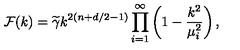
{ \cal F } ( k ) = { \widetilde \gamma } k ^ { 2 ( n + d / 2 - 1 ) } \prod _ { i = 1 } ^ { \infty } \left( 1 - { \frac { k ^ { 2 } } { \mu _ { i } ^ { 2 } } } \right) ,